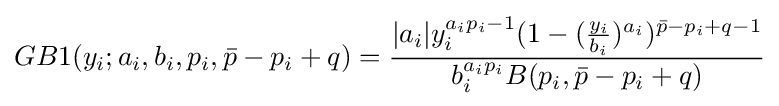
GB1(y_{i};a_{i},b_{i},p_{i},{\bar {p}}-p_{i}+q)={\frac {|a_{i}|y_{i}^{a_{i}p_{i}-1}(1-({\frac {y_{i}}{b_{i}}})^{a_{i}})^{{\bar {p}}-p_{i}+q-1}}{b_{i}^{a_{i}p_{i}}B(p_{i},{\bar {p}}-p_{i}+q)}}